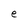
Character: e